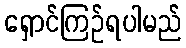
ရှောင်ကြဉ်ရပါမည်